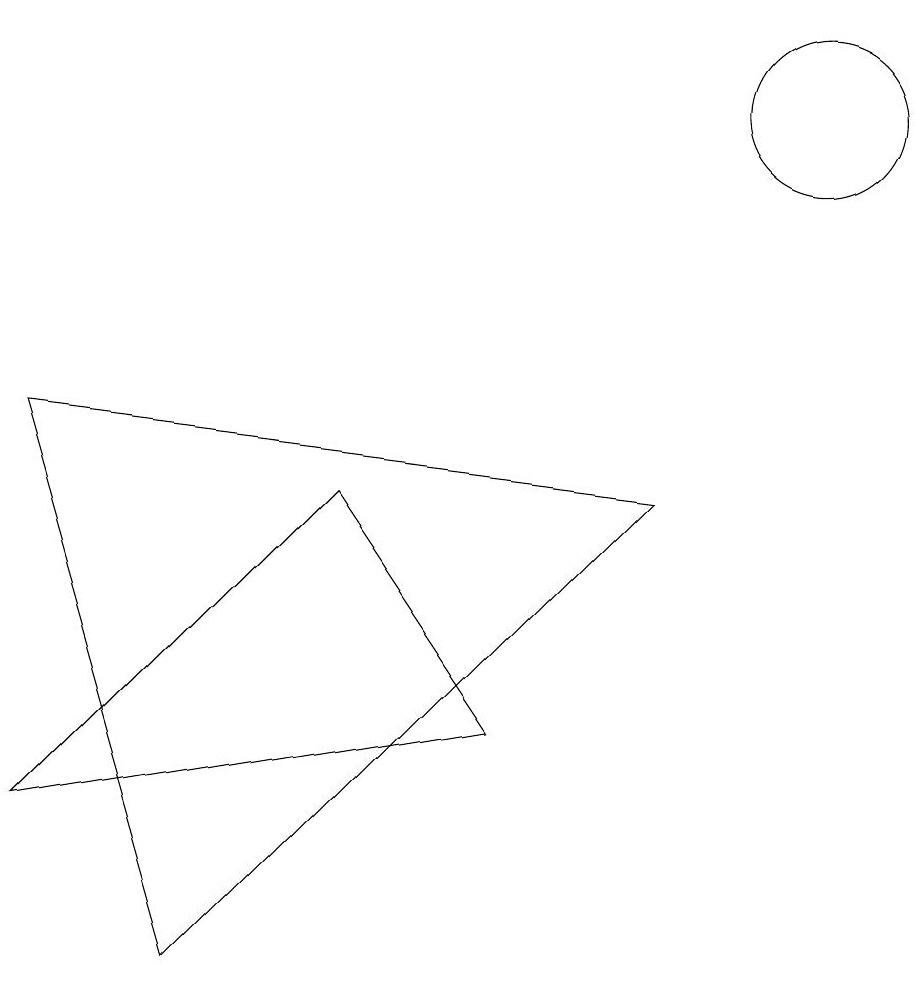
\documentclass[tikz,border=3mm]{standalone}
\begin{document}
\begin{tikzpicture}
\draw (0,8) -- (2,1) -- (8,7) -- cycle;
\draw (0,3) -- (4,7) -- (6,4) -- cycle;
\draw (10,12) circle (1);
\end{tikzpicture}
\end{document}